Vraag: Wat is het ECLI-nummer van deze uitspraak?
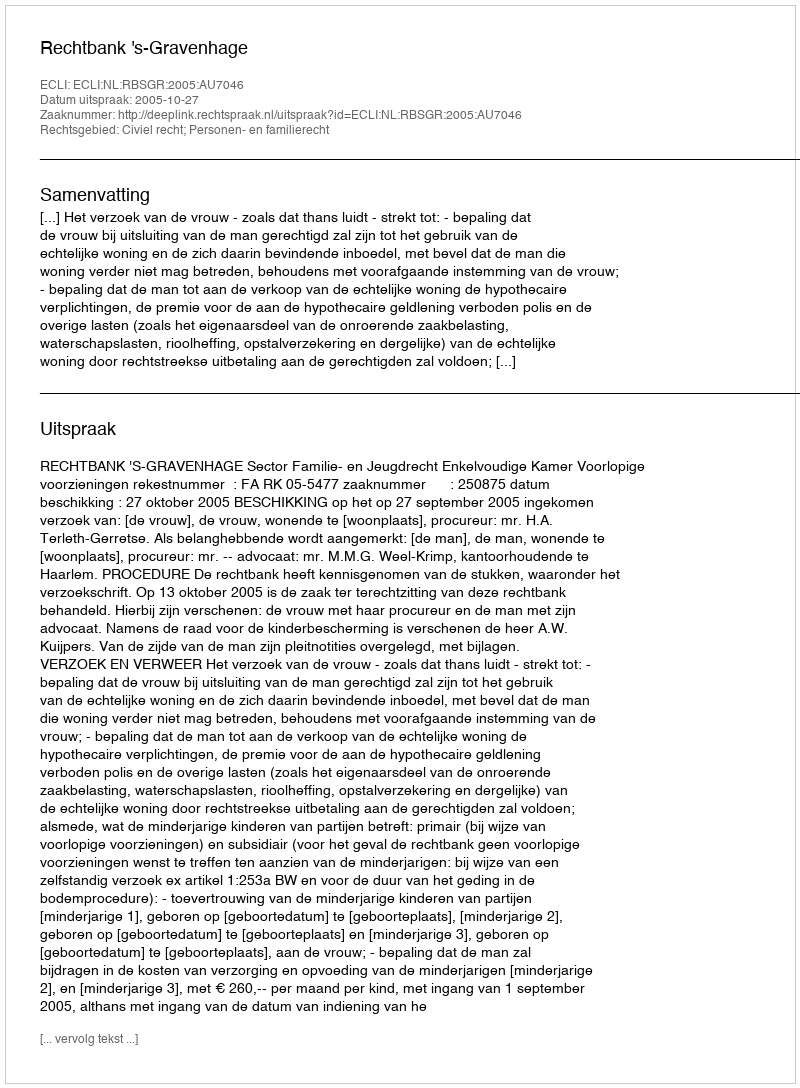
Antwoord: ECLI:NL:RBSGR:2005:AU7046